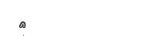
٢